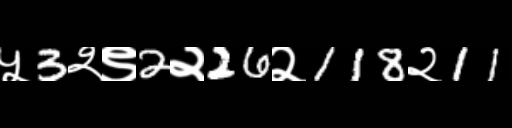
Text: ५3२९2२26२118२11